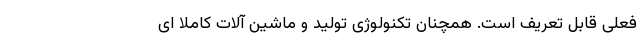
فعلی قابل تعریف است. همچنان تکنولوژی تولید و ماشین آلات کاملاً ای